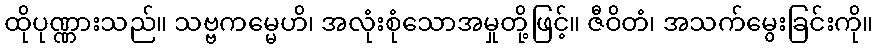
ထိုပုဏ္ဏားသည်။ သဗ္ဗကမ္မေဟိ၊ အလုံးစုံသောအမှုတို့ဖြင့်။ ဇီဝိတံ၊ အသက်မွေးခြင်းကို။